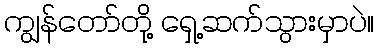
ကျွန်တော်တို့ ရှေ့ဆက်သွားမှာပဲ။